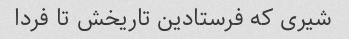
شیری که فرستادین تاریخش تا فردا